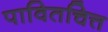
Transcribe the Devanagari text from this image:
पावितचित्त